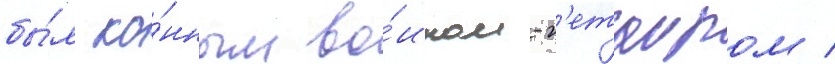
бы́л ко́нным во́ином-г'етаиром /